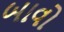
બાવો